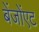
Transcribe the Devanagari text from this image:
बेंजोंएट